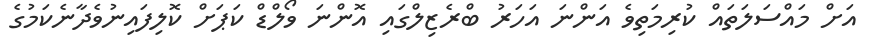
އަށް މައްސަލަތައް ކުރިމަތިވެ އަންނަ އަހަރު ބްރެޒިލްގައި އޮންނަ ވޯލްޑް ކަޕަށް ކޮލިފައިނުވެދާނެކަމުގެ